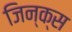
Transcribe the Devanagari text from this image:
जिन्क्स